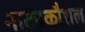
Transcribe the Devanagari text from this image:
नाट्यकौशल